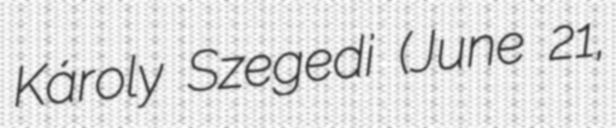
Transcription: Károly Szegedi (June 21,